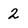
Character: 2